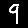
Digit: 9